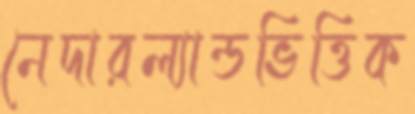
নেদারল্যান্ডভিত্তিক